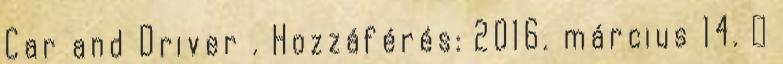
Car and Driver . Hozzáférés: 2016. március 14. ↑